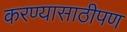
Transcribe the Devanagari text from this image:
करण्यासाठीपण